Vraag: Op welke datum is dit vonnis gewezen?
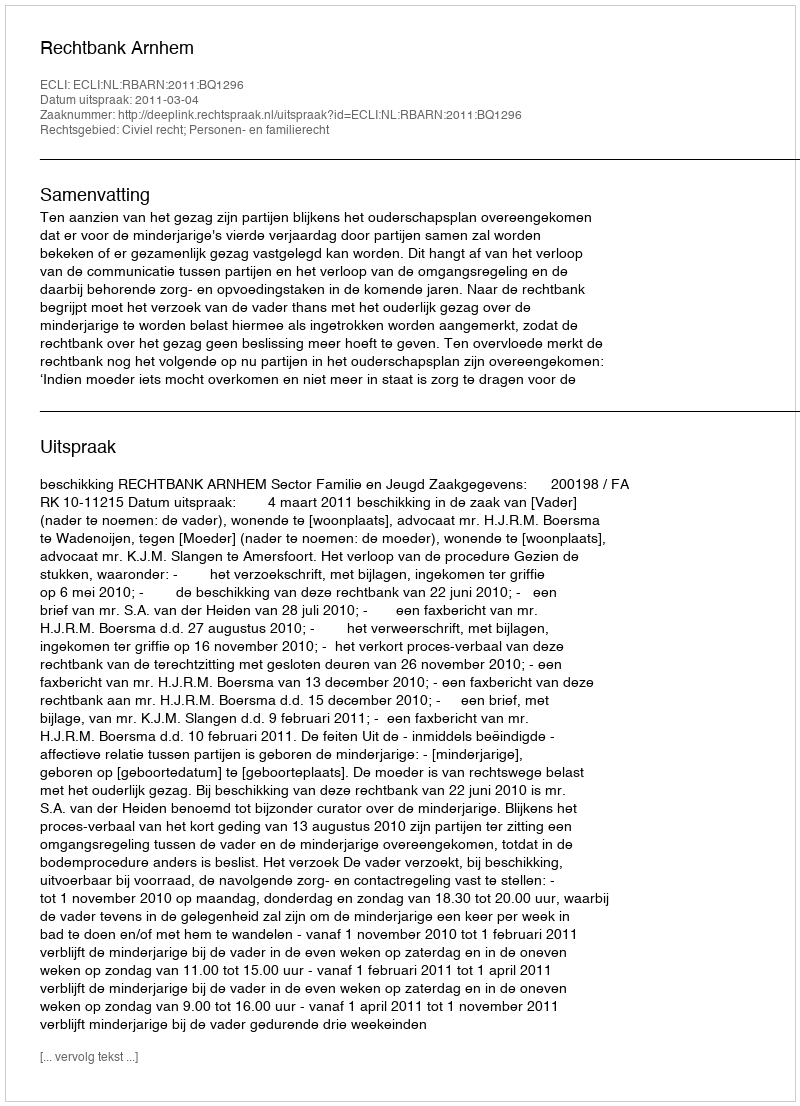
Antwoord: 2011-03-04